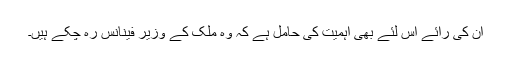
ان کی رائے اس لئے بھی اہمیت کی حامل ہے کہ وہ ملک کے وزیر فینانس رہ چکے ہیں۔